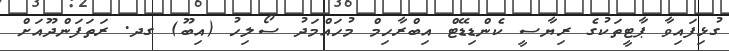
ގުޅިފައިވާ ޕާޓީތަކުގެ ރިޔާސީ ކެންޑިޑޭޓް އިބްރާހިމް މުހައްމަދު ސޯލިހު (އިބޫ) ގދ. ރަތަފަންދޫއަށް